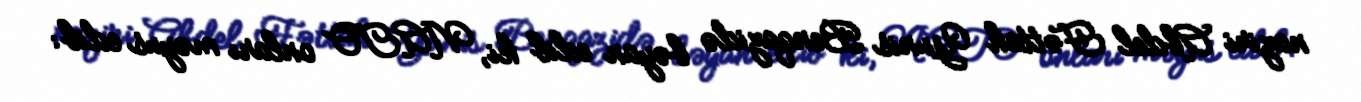
naziri Abdel Fəttah Yunis Benqazidə bəyan edib ki, NATO onları məyus edib: